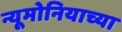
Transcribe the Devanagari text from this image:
न्यूमोनियाच्या